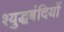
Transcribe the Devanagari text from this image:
श्युद्धबंदियों